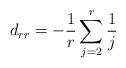
LaTeX: \begin{align*} d_{rr}=-\frac{1}{r}\sum_{j=2}^r\frac{1}{j} \end{align*}